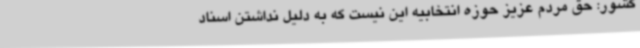
کشور: حق مردم عزیز حوزه انتخابیه این نیست که به دلیل نداشتن اسناد